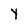
Character: y